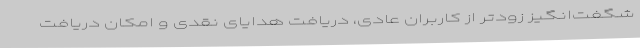
شگفت‌انگیز زودتر از کاربران عادی، دریافت هدایای نقدی و امکان دریافت